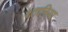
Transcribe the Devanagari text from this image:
श्तानिया